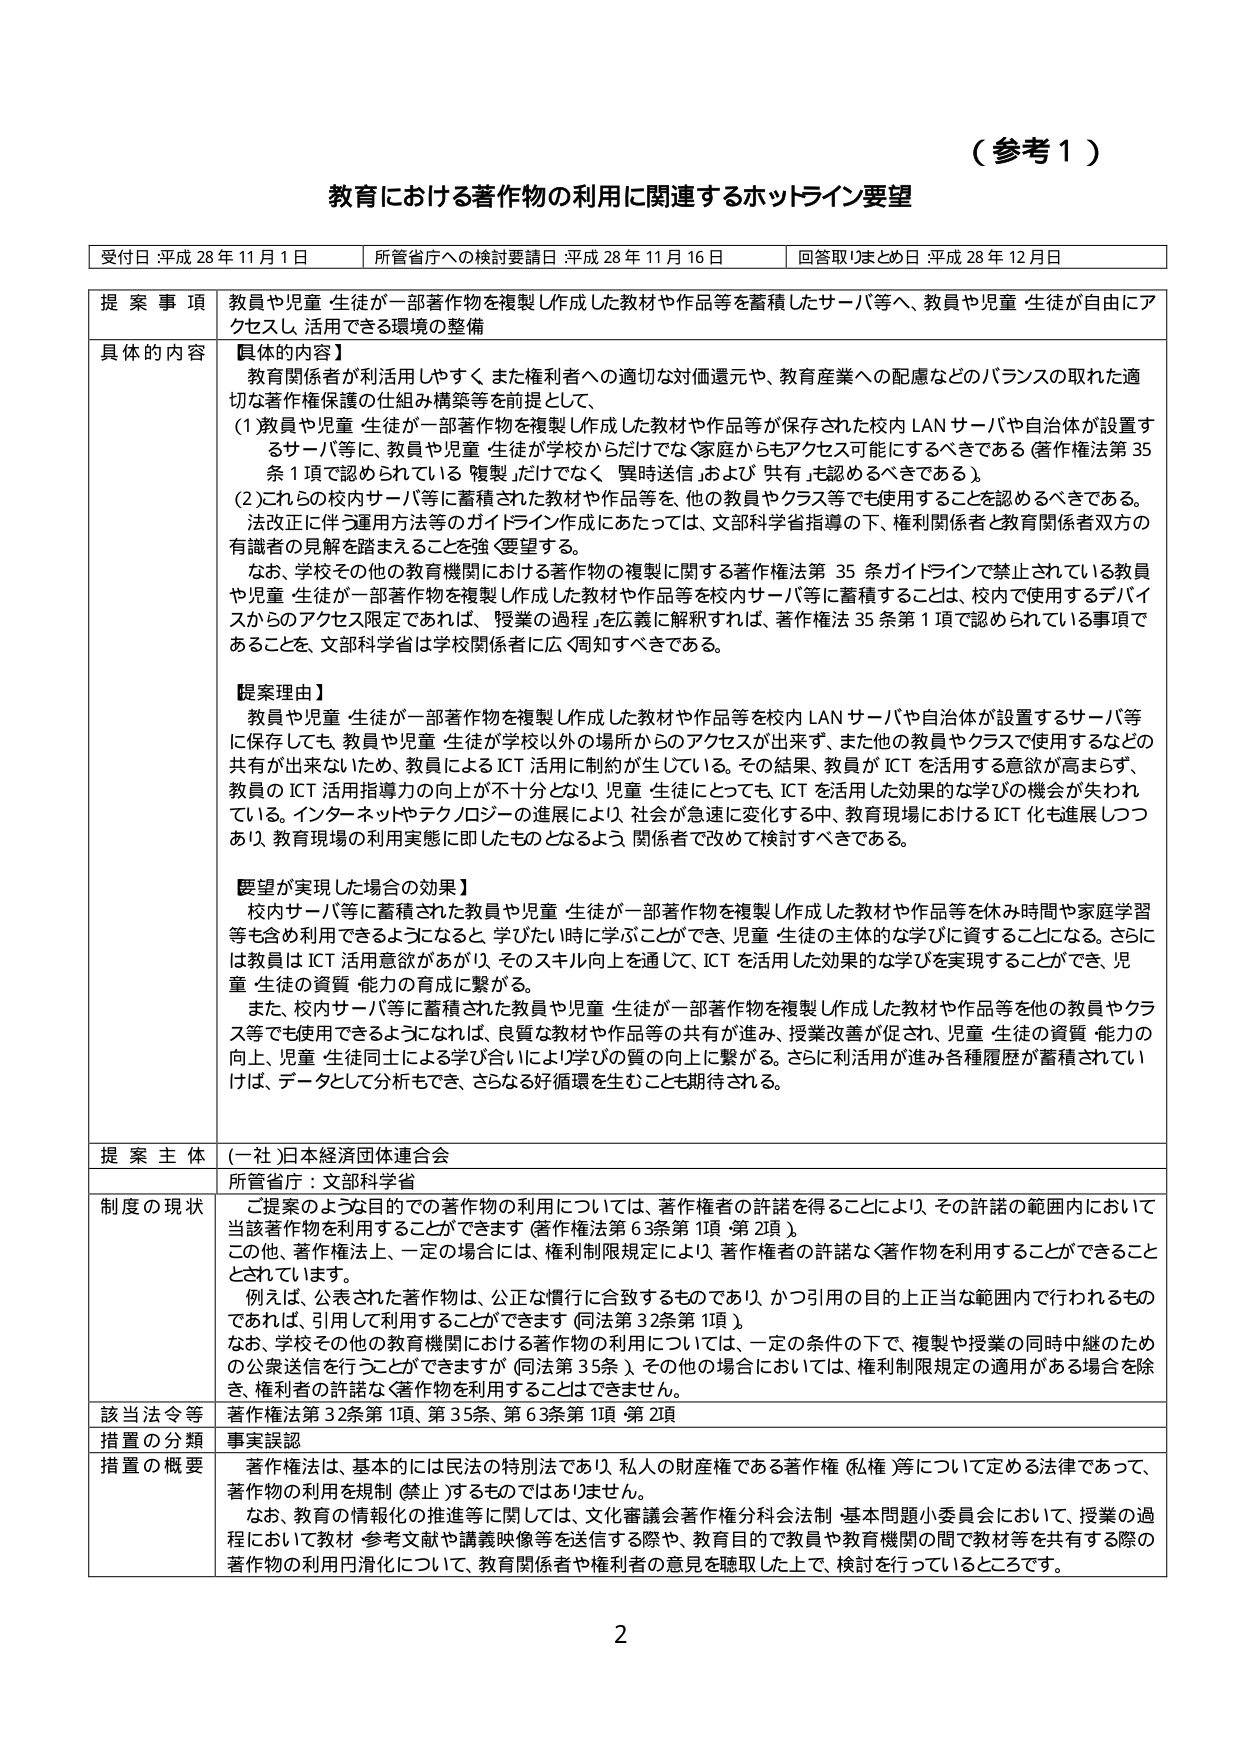
（参考１）

教育における著作物の利用に関連するホットライン要望

受付日 平成 28 年 11 月 1 日　　所管省庁への検討要請日 平成 28 年 11 月 16 日　　回答取りまとめ日 平成 28 年 12 月日

提案事項　教員や児童・生徒が一部著作物を複製し作成した教材や作品等を蓄積したサーバ等へ、教員や児童・生徒が自由にアクセスし、活用できる環境の整備

具体的な内容　【具体的な内容】
教育関係者が利活用しやすく、また権利者への適切な対価還元や、教育産業への配慮などのバランスの取れた適切な著作権保護の仕組み構築等を前提として、
(1) 教員や児童・生徒が一部著作物を複製し作成した教材や作品等が保存された校内 LAN サーバや自治体が設置するサーバ等に、教員や児童・生徒が学校からだけでなく家庭からもアクセス可能にするべきである（著作権法第 35 条 1 項で認められている「複製」だけでなく、「異時送信」および「共有」も認めるべきである）。
(2) これらの校内サーバ等に蓄積された教材や作品等を、他の教員やクラス等でも使用することを認めるべきである。
法改正に伴う運用方法等のガイドライン作成にあたっては、文部科学省指導の下、権利関係者と教育関係者双方の有識者の見解を踏まえることを強く要望する。
なお、学校その他の教育機関における著作物の複製に関する著作権法第 35 条ガイドラインで禁止されている教員や児童・生徒が一部著作物を複製し作成した教材や作品等を校内サーバ等に蓄積することは、校内で使用するデバイスからのアクセス限定であれば、「授業の過程」を広義に解釈すれば、著作権法第 35 条第 1 項で認められている事項であることを、文部科学省は学校関係者に広く周知すべきである。

【提案理由】
教員や児童・生徒が一部著作物を複製し作成した教材や作品等を校内 LAN サーバや自治体が設置するサーバ等に保存しても、教員や児童・生徒が学校以外の場所からのアクセスが出来ず、また他の教員やクラスで使用するなどの共有が出来ないため、教員による ICT 活用に制約が生じている。その結果、教員が ICT を活用する意欲が高まらず、教員の ICT 活用指導力の向上が不十分となり、児童・生徒にとっても、ICT を活用した効果的な学びの機会が失われている。インターネットやテクノロジーの進展により、社会が急速に変化する中、教育現場における ICT 化も進展しつつあり、教育現場の利用実態に即したものとなるよう、関係者で改めて検討すべきである。

【要望が実現した場合の効果】
校内サーバ等に蓄積された教員や児童・生徒が一部著作物を複製し作成した教材や作品等を休み時間や家庭学習等も含め利用できるようになると、学びたい時に学ぶことができ、児童・生徒の主体的な学びに資することになる。さらには教員は ICT 活用意欲が上がり、そのスキル向上を通じて、ICT を活用した効果的な学びを実現することができ、児童・生徒の資質・能力の育成に繋がる。
また、校内サーバ等に蓄積された教員や児童・生徒が一部著作物を複製し作成した教材や作品等を他の教員やクラス等でも使用できるようになれば、良質な教材や作品等の共有が進み、授業改善が促され、児童・生徒の資質・能力の向上、児童・生徒同士による学び合いにより学びの質の向上に繋がる。さらに利活用が進み各種履歴が蓄積されていけば、データとして分析もでき、さらなる好循環を生むことも期待される。

提案主体　(一社)日本経済団体連合会
所管省庁：文部科学省

制度の現状　ご提案のような目的での著作物の利用については、著作権者の許諾を得ることにより、その許諾の範囲内において当該著作物を利用することができます（著作権法第 63 条第 1 項・第 2 項）。
この他、著作権法上、一定の場合には、権利制限規定により、著作権者の許諾なく著作物を利用することができるとしています。
例えば、公表された著作物は、公正な慣行に合致するものであり、かつ引用の目的上正当な範囲内で行われるものであれば、引用して利用することができます（同法第 32 条第 1 項）。
なお、学校その他の教育機関における著作物の利用については、一定の条件の下で、複製や授業の同時中継のための公衆送信を行うことができます（同法第 35 条）。その他の場合においては、権利制限規定の適用がある場合を除き、権利者の許諾なく著作物を利用することはできません。

該当法令等　著作権法第 32 条第 1 項、第 35 条、第 63 条第 1 項・第 2 項

措置の分類　事実誤認

措置の概要　著作権法は、基本的には民法の特別法であり、私人の財産権である著作権（私権）等について定める法律であって、著作物の利用を規制（禁止）するものではありません。
なお、教育の情報化の推進等に関しては、文化審議会著作権分科会法制・基本問題小委員会において、授業の過程において教材・参考文献や講義映像等を送信する際や、教育目的で教員や教育機関の間で教材等を共有する際の著作物の利用円滑化について、教育関係者や権利者の意見を聴取した上で、検討を行っているところです。

2